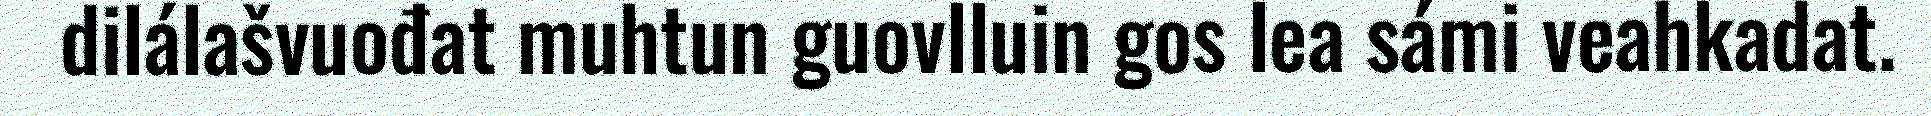
dilálašvuođat muhtun guovlluin gos lea sámi veahkadat.